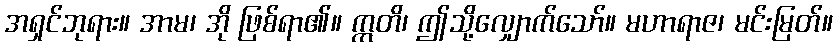
အရှင်ဘုရား။ အာမ၊ အို ဖြစ်ရာ၏။ ဣတိ၊ ဤသို့လျှောက်သော်။ မဟာရာဇ၊ မင်းမြတ်။